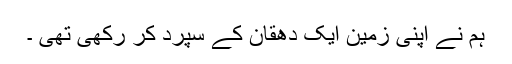
ہم نے اپنی زمین ایک دھقان کے سپرد کر رکھی تھی ۔